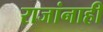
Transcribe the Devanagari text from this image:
राजांनाही